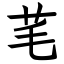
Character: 芼